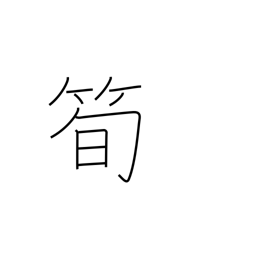
Meaning: bamboo shoot